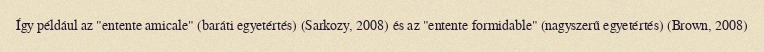
Így például az "entente amicale" (baráti egyetértés) (Sarkozy, 2008) és az "entente formidable" (nagyszerű egyetértés) (Brown, 2008)